Vaccine operations Central Provinces 1868-1885 - 1868-1885
Year: 1868
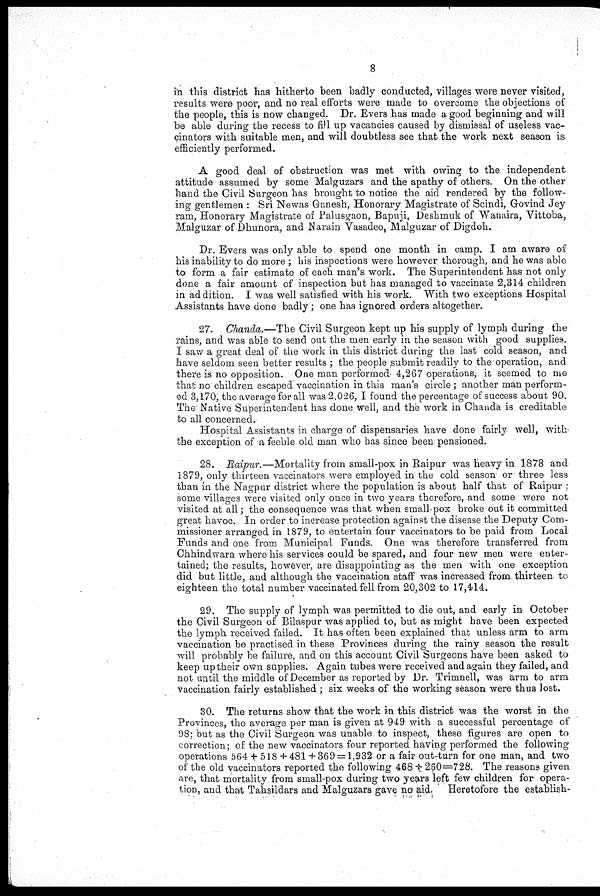
8
in this district has hitherto been badly conducted, villages were never visited,
results were poor, and no real efforts were made to overcome the objections of
the people, this is now changed. Dr. Evers has made a good beginning and will
be able during the recess to fill up vacancies caused by dismissal of useless vac-
cinators with suitable men, and will doubtless see that the work next season is
efficiently performed.
A good deal of obstruction was met with owing to the independent
attitude assumed by some Malguzars and the apathy of others. On the other
hand the Civil Surgeon has brought to notice the aid rendered by the follow-
ing gentlemen : Sri Newas Ganesh, Honorary Magistrate of Scindi, Govind Jey
ram, Honorary Magistrate of Palusgaon, Bapuji, Deshmuk of "Wanaira, Vittoba,
Malguzar of Dhunora, and Narain Vasadeo, Malguzar of Digdoh.
Dr. Evers was only able to spend one month in camp. I am aware of
his inability to do more ; his inspections were however thorough, and he was able
to form a fair estimate of each man's work. The Superintendent has not only
done a fair amount of inspection but has managed to vaccinate 2,314 children
in addition. I was well satisfied with his work. "With two exceptions Hospital
Assistants have done badly; one has ignored orders altogether.
27. Chanda.—The Civil Surgeon kept up his supply of lymph during the
rains, and was able to send out the men early in the season with good supplies.
I saw a great deal of the work in this district during the last cold season, and
have seldom seen better results ; the people submit readily to the operation, and
there is no opposition. One man performed 4,267 operations, it seemed to me
that no children escaped vaccination in this man's circle ; another man perform-
ed 3,170, the average for all was 2,026, I found the percentage of success about 90.
The Native Superintendent has done well, and the work in Chanda is creditable
to all concerned.
Hospital Assistants in charge of dispensaries have done fairly well, with
the exception of a feeble old man who has since been pensioned.
28. Raipur.—Mortality from small-pox in Raipur was heavy in 1878 and
1879, only thirteen vaccinators were employed in the cold season or three less
than in the Nagpur district where the population is about half that of Raipur
some villages were visited only once in two years therefore, and some were not
visited at all; the consequence was that when small pox broke out it committed
great havoc. In order to increase protection against the disease the Deputy Com-
missioner arranged in 1879, to entertain four vaccinators to be paid from Local
Funds and one from Municipal Funds. One was therefore transferred from
Chhindwara where his services could be spared, and four new men were enter-
tained; the results, however, are disappointing as the men with one exception
did but little, and although the vaccination staff was increased from thirteen to
eighteen the total number vaccinated fell from 20,302 to 17,414.
29. The supply of lymph was permitted to die out, and early in October
the Civil Surgeon of Bilaspur was applied to, but as might have been expected
the lymph received failed. It has often been explained that unless arm to arm
vaccination be practised in these Provinces during the rainy season the result
will probably be failure, and on this account Civil Surgeons have been asked to
keep up their own supplies. Again tubes were received and again they failed, and
not until the middle of December as reported by Dr. Trimnell, was arm to arm
vaccination fairly established ; six weeks of the working season were thus lost.
30. The returns show that the work in this district was the worst in the
Provinces, the average per man is given at 949 with a successful percentage of
98; but as the Civil Surgeon was unable to inspect, these figures are open to
correction; of the new vaccinators four reported having performed the following
operations 564 + 518 + 481 + 369 = 1,932 or a fair out-turn for one man, and two
of the old vaccinators reported the following 468 + 260=728. The reasons given
are, that mortality from small-pox during two years left few children for opera-
tion, and that Tahsildars and Malguzars gave no aid. Heretofore the establish-